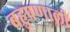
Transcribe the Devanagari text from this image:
बहुप्रणाली